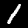
Label: 1